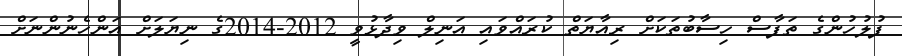
ފުލުހުންގެ ތަފާސް ހިސާބުތަކަށް ރިއާޔަތް ކުރައްވައި އަނިލް ވިދާޅުވީ 2012-2014ގެ ނިޔަލަށް އަންހެނުންނަށް